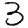
Digit: 3